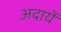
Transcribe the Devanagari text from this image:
अदायें